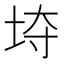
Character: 𱖡